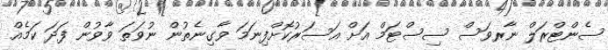
ސެންޓްރަލް ނާރވަސް ސިސްޓަމް އަށް އަސަރުކޮށްފިނަމަ ވާގިނެތުން ނުވަތަ ވާވުން ފަދަ ކަމެއް